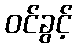
ဝင်ခွင့်